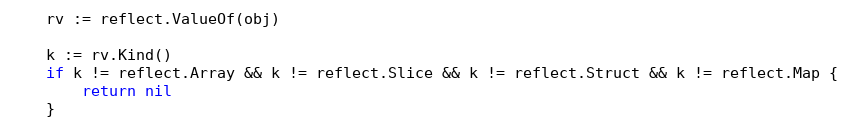
Language: Go
	rv := reflect.ValueOf(obj)

	k := rv.Kind()
	if k != reflect.Array && k != reflect.Slice && k != reflect.Struct && k != reflect.Map {
		return nil
	}